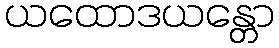
ယထောဒယန္တော